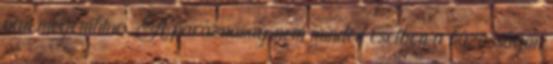
van megemlítve. A paráznaság nem minden esetben a házasságon